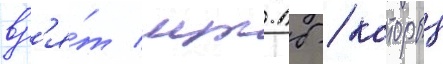
вз'я́т мт-лб / которыи